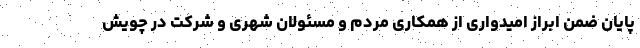
پایان ضمن ابراز امیدواری از همکاری مردم و مسئولان شهری و شرکت در چویش